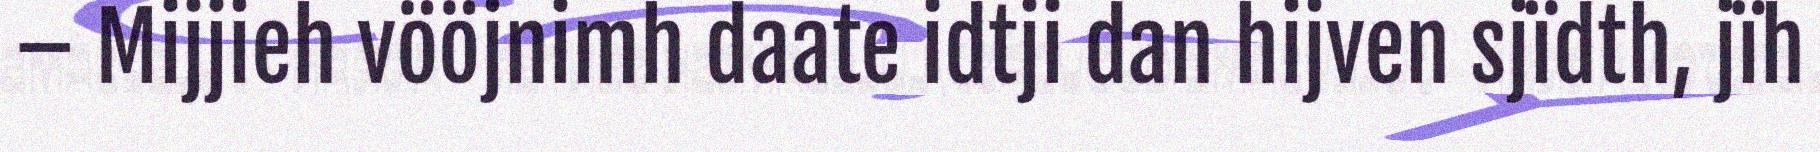
– Mijjieh vööjnimh daate idtji dan hijven sjïdth, jïh